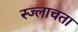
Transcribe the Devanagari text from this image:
स्ज्लाचता